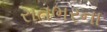
રાતભરના